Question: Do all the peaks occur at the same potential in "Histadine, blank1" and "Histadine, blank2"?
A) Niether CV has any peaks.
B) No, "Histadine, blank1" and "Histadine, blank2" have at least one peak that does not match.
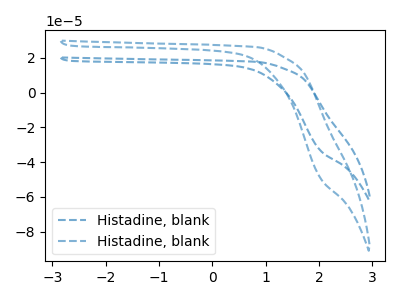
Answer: <think>The blue dashed curve "Histadine, blank1" has no peaks. The blue dashed curve "Histadine, blank2" has no peaks.</think>
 <answer>A) Niether CV has any peaks.</answer>
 <eval>A</eval>